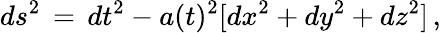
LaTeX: ds^{2}\, =\, dt^{2}-a(t)^{2}[dx^{2}+dy^{2}+dz^{2}]\, ,